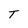
Character: T